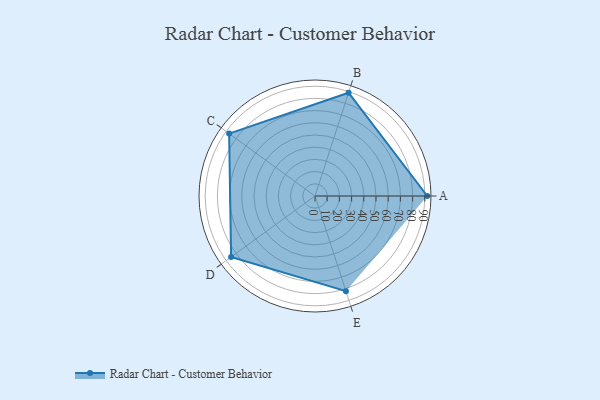
{"axis": {"x": "Skill", "y": "Score"}, "legend": ["Profile"], "data": [{"x": "A", "y": 92.0, "type": "Profile"}, {"x": "B", "y": 89.0, "type": "Profile"}, {"x": "C", "y": 87.0, "type": "Profile"}, {"x": "D", "y": 85.0, "type": "Profile"}, {"x": "E", "y": 82.0, "type": "Profile"}]}